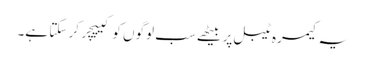
یہ کیمرہ ٹیبل پر بیٹھے سب لوگوں کو کیپچر کر سکتا ہے۔